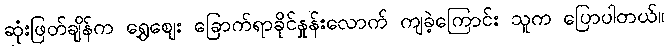
ဆုံးဖြတ်ချိန်က ရွှေဈေး ခြောက်ရာခိုင်နှုန်းလောက် ကျခဲ့ကြောင်း သူက ပြောပါတယ်။